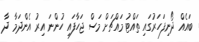
ބައެއް ދޯނިފަހަރުގައި ތައްޓު މައްޗަށް މަސް ޖަހާފައި ހުންނަ އިރު އެންދަމާ ދާ